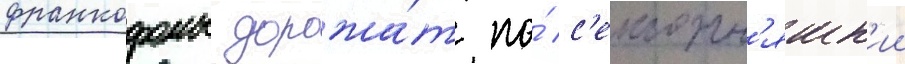
франкофоны дорожа́т по́ с'егодн'яшн'ии